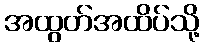
အထွတ်အထိပ်သို့